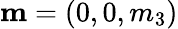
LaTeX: {\mathbf m}=(0,0,m_{3})